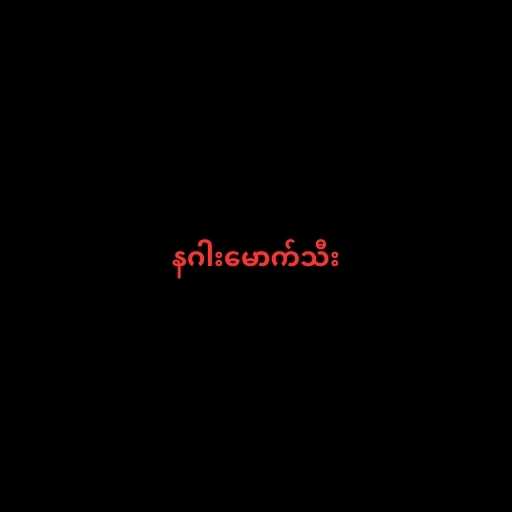
နဂါးမောက်သီး